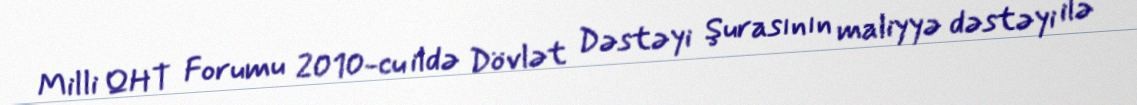
Milli QHT Forumu 2010-cu ildə Dövlət Dəstəyi Şurasının maliyyə dəstəyi ilə